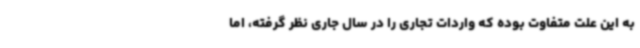
به این علت متفاوت بوده که واردات تجاری را در سال جاری نظر گرفته، اما